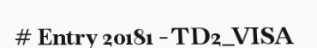
# Entry 20181 - TD2_VISA